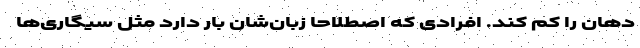
دهان را کم کند. افرادی که اصطلاحا زبان‌شان بار دارد مثل سیگاری‌ها